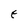
Character: E